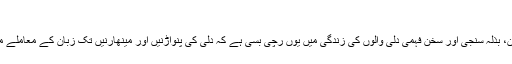
‘‘
بامحاورہ زبان، بذلہ سنجی اور سخن فہمی دلی والوں کی زندگی میں یوں رچی بسی ہے کہ دلی کی پنواڑنیں اور مینھارنیں تک زبان کے معاملے میں یکتا تھیں۔